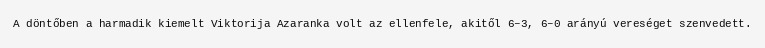
A döntőben a harmadik kiemelt Viktorija Azaranka volt az ellenfele, akitől 6–3, 6–0 arányú vereséget szenvedett.